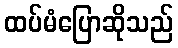
ထပ်မံပြောဆိုသည်